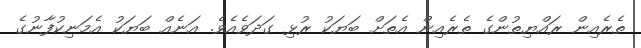
ތެރެއިން ރައްޔިތުންގެ ތެރެއިން އެތަށް ބަޔަކު ރުޅި ގަދަވެއެވެ. އަނެއް ބަޔަކު އެމަނިކުފާނުގެ